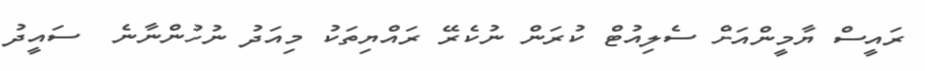
ރައީސް ޔާމީންއަށް ސެލިއުޓް ކުރަން ނުކެރޭ ރައްޔިތަކު މިއަދު ނުހުންނާނެ  ސައީދު